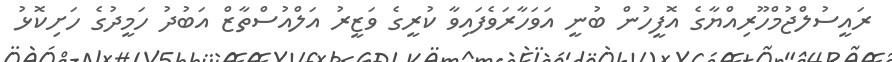
ރައީސުލްޖުމްހޫރިއްޔާގެ އޮފީހުން ބުނީ އަވަހާރަވެފައިވާ ކުރީގެ ވަޒީރު އަލްއުސްތާޒް އަބުދު ހަމީދުގެ ހަށިކޮޅު